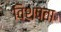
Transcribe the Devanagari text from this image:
विशषता